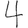
Digit: 4